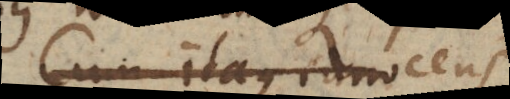
Cum itaque innocens